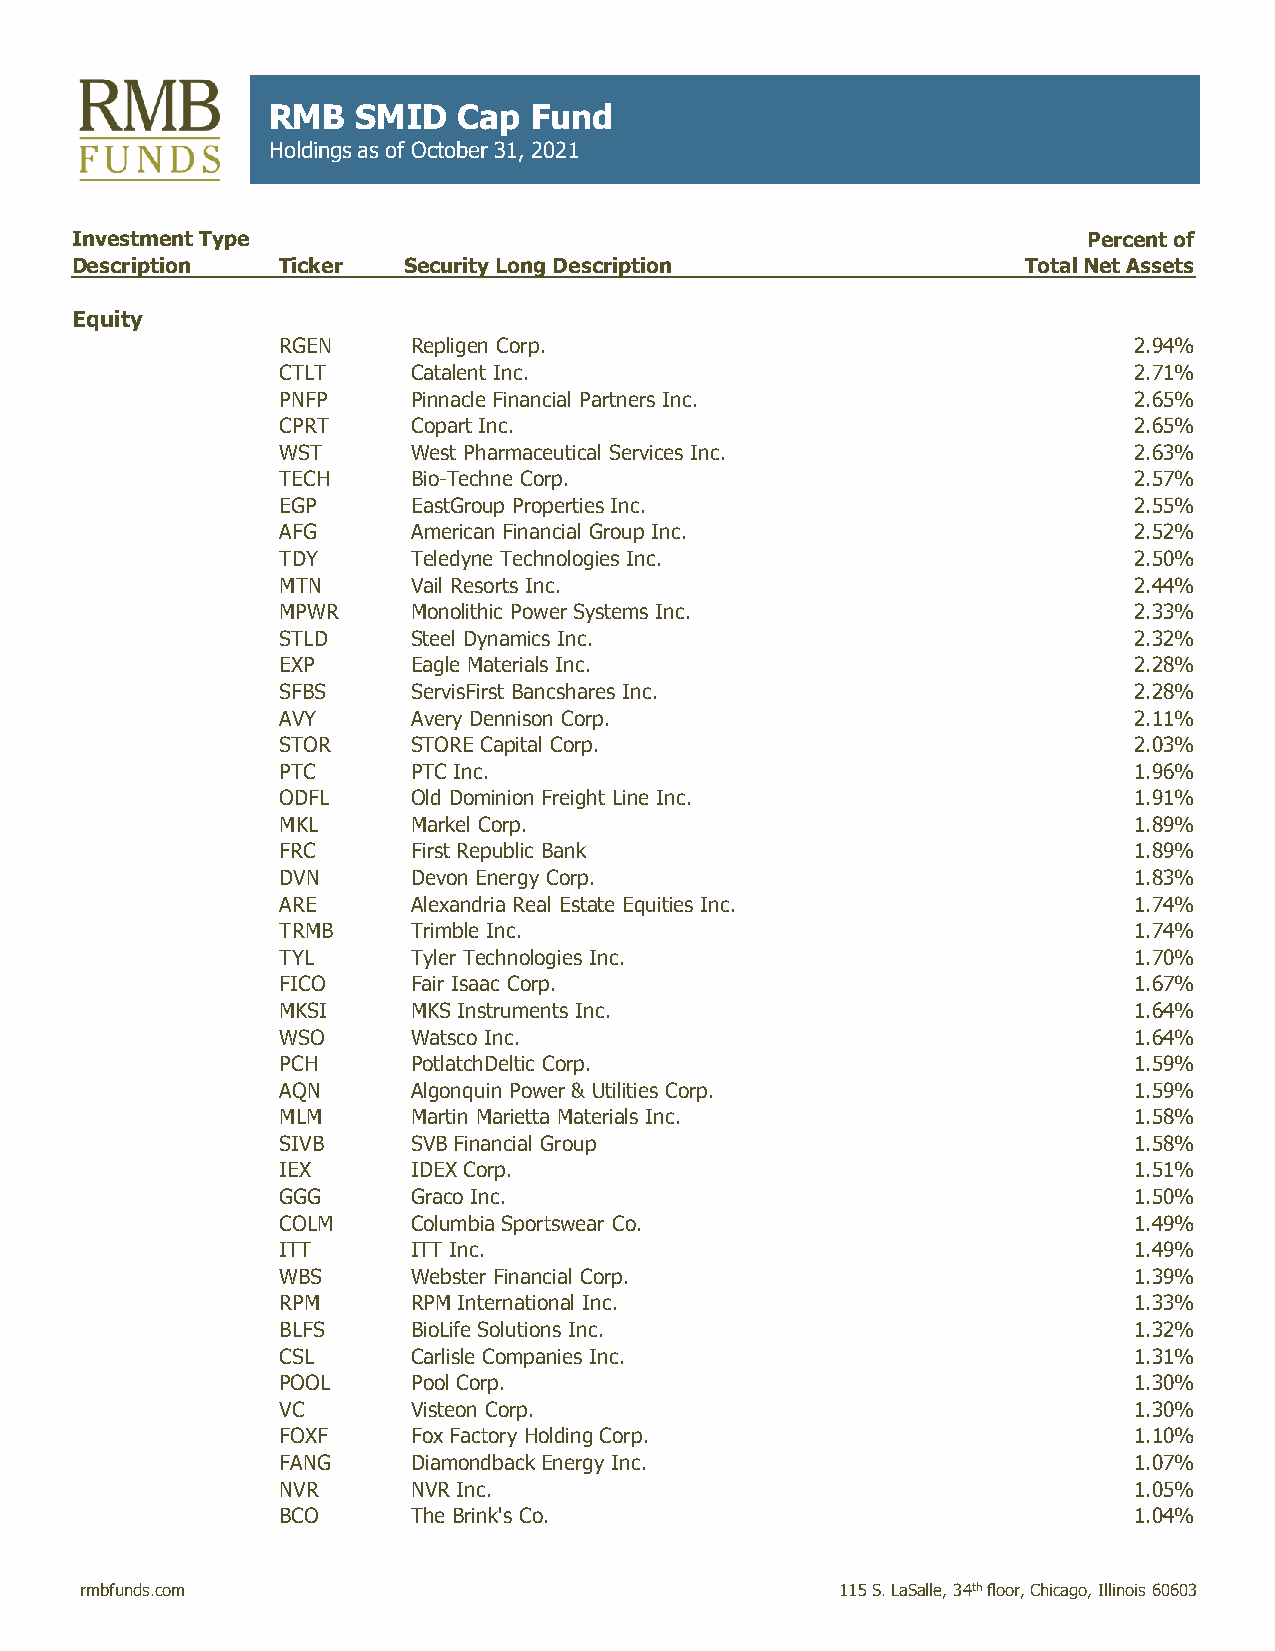
RMB   SMID  Cap  Fund
 Holdings as of October 31, 2021
 Investment Type                                                    Percent of
 Description  Ticker   Security Long Description                Total Net Assets
 Equity
 RGEN    Repligen Corp.                                  2.94%
 CTLT    Catalent Inc.                                   2.71%
 PNFP    Pinnacle Financial Partners Inc.                2.65%
 CPRT    Copart Inc.                                     2.65%
 WST     West Pharmaceutical Services Inc.               2.63%
 TECH    Bio-Techne Corp.                                2.57%
 EGP     EastGroup Properties Inc.                       2.55%
 AFG     American Financial Group Inc.                   2.52%
 TDY     Teledyne Technologies Inc.                      2.50%
 MTN     Vail Resorts Inc.                               2.44%
 MPWR    Monolithic Power Systems Inc.                   2.33%
 STLD    Steel Dynamics Inc.                             2.32%
 EXP     Eagle Materials Inc.                            2.28%
 SFBS    ServisFirst Bancshares Inc.                     2.28%
 AVY     Avery Dennison Corp.                            2.11%
 STOR    STORE Capital Corp.                             2.03%
 PTC     PTC Inc.                                        1.96%
 ODFL    Old Dominion Freight Line Inc.                  1.91%
 MKL     Markel Corp.                                    1.89%
 FRC     First Republic Bank                             1.89%
 DVN     Devon Energy Corp.                              1.83%
 ARE     Alexandria Real Estate Equities Inc.            1.74%
 TRMB    Trimble Inc.                                    1.74%
 TYL     Tyler Technologies Inc.                         1.70%
 FICO    Fair Isaac Corp.                                1.67%
 MKSI    MKS Instruments Inc.                            1.64%
 WSO     Watsco Inc.                                     1.64%
 PCH     PotlatchDeltic Corp.                            1.59%
 AQN     Algonquin Power & Utilities Corp.               1.59%
 MLM     Martin Marietta Materials Inc.                  1.58%
 SIVB    SVB Financial Group                             1.58%
 IEX     IDEX Corp.                                      1.51%
 GGG     Graco Inc.                                      1.50%
 COLM    Columbia Sportswear Co.                         1.49%
 ITT     ITT Inc.                                        1.49%
 WBS     Webster Financial Corp.                         1.39%
 RPM     RPM International Inc.                          1.33%
 BLFS    BioLife Solutions Inc.                          1.32%
 CSL     Carlisle Companies Inc.                         1.31%
 POOL    Pool Corp.                                      1.30%
 VC      Visteon Corp.                                   1.30%
 FOXF    Fox Factory Holding Corp.                       1.10%
 FANG    Diamondback Energy Inc.                         1.07%
 NVR     NVR Inc.                                        1.05%
 BCO     The Brink's Co.                                 1.04%
 rmbfunds.com                                       115 S. LaSalle, 34thfloor, Chicago, Illinois 60603